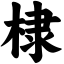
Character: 棣